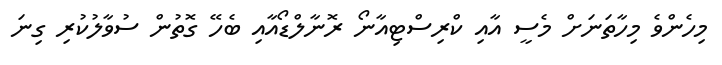
މިހެންވެ މިހާތަނަށް މެސީ އާއި ކްރިސްޓިއާނޯ ރޮނާލްޑޯއާއި ބެހޭ ގޮތުން ސުވާލުކުރި ގިނަ